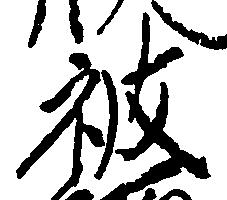
被